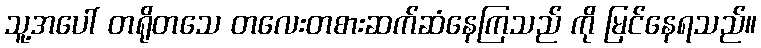
သူ့အပေါ် တရိုတသေ တလေးတစားဆက်ဆံနေကြသည် ကို မြင်နေရသည်။